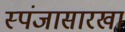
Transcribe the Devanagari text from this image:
स्पंजासारखा